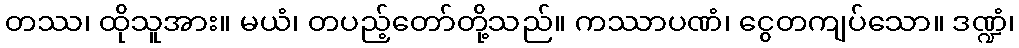
တဿ၊ ထိုသူအား။ မယံ၊ တပည့်တော်တို့သည်။ ကဿာပဏံ၊ ငွေတကျပ်သော။ ဒဏ္ဍံ၊